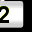
Digit: 2